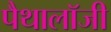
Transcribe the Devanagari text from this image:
पैथालॉजी